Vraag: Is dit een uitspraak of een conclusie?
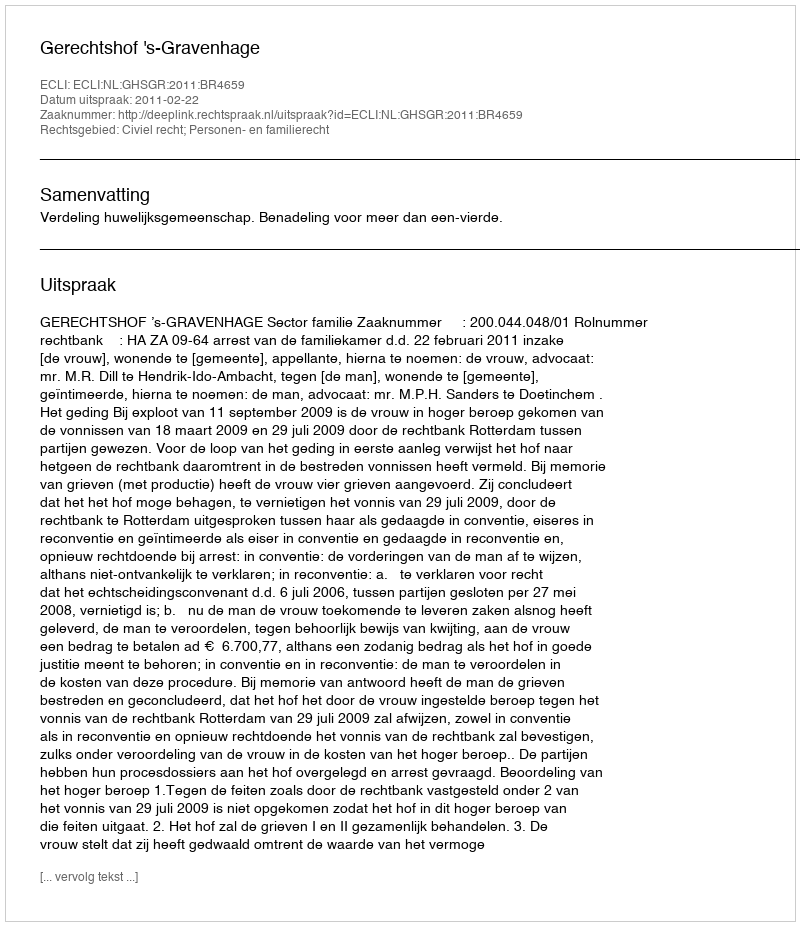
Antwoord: Uitspraak